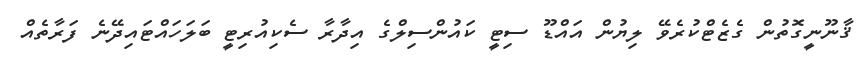
ޤާނޫނީގޮތުން ގެޒެޓްކުރެވޭ ލިޔުން އައްޑޫ ސިޓީ ކައުންސިލްގެ އިދާރާ ސެކިއުރިޓީ ބަލަހައްޓައިދޭނެ ފަރާތެއް